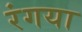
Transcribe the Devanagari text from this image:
रंगया